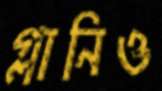
গ্লানিও